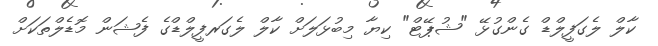
ކާލް ލެގަފީލްޑް ގެންގުޅޭ "ޝުޕޭޓް" ކިޔާ މިބުޅަލަށް ކާލް ލެގަރފީލްޑްގެ ފެޝަން މޮޑެލްތަކަށް